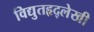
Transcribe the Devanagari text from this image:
विद्युतहृद्‌लेखी